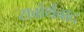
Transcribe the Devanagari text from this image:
सर्वार्थवाद